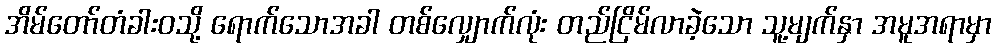
အိမ်တော်တံခါးဝသို့ ရောက်သောအခါ တစ်လျှောက်လုံး တည်ငြိမ်လာခဲ့သော သူ့မျက်နှာ အမူအရာမှာ